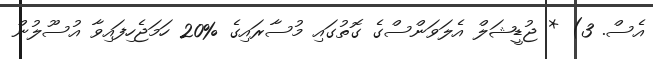
އެސް. 3) * ޖުޑީޝަލް އެލަވަންސްގެ ގޮތުގައި މުސާރައިގެ %20 ހަމަޖެހިފައިވާ އުސޫލުން